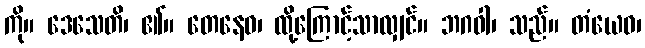
ကို။ ဒေသေတိ၊ ၏။ တေနေဝ၊ ထို့ကြောင့်သာလျှင်။ ဘဂဝါ၊ သည်။ တံယေဝ၊